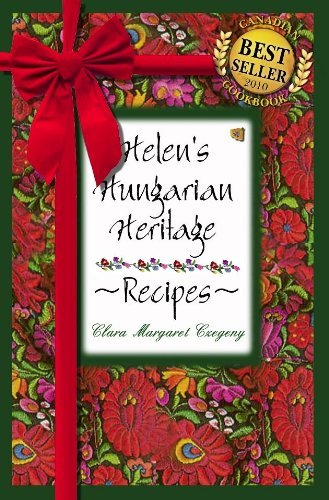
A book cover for Helen's Hungarian Heritage Recipes; Clara Margaret Czegeny; Reference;